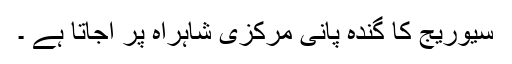
سیوریج کا گندہ پانی مرکزی شاہراہ پر آجاتا ہے ۔